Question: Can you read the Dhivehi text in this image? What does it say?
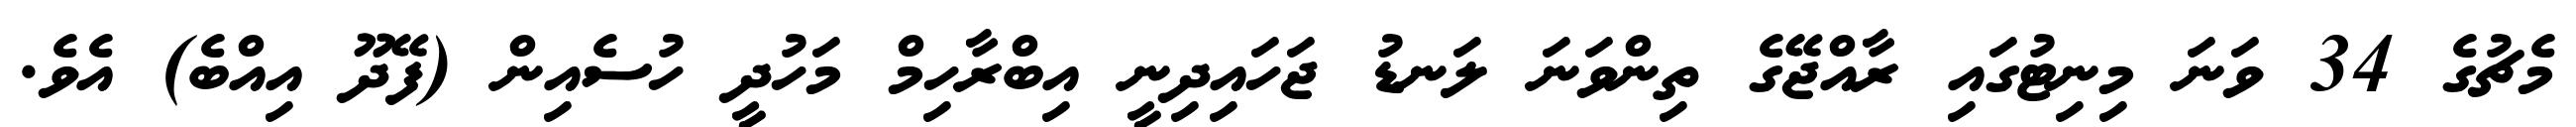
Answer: މެޗުގެ 34 ވަނަ މިނިޓުގައި ރާއްޖޭގެ ތިންވަނަ ލަނޑު ޖަހައިދިނީ އިބްރާހިމް މަހުދީ ހުސެއިން (ފޭދޫ އިއްބެ) އެވެ.